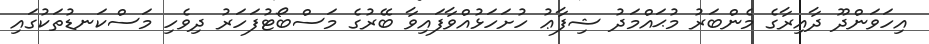
އިހަވަންދޫ ދާއިރާގެ މެންބަރު މުޙައްމަދު ޝިފާޢު ހުށަހަޅުއްވާފައިވާ ބޭރުގެ މަސްބޯޓުފަހަރު ދިވެހި މަސްކަނޑުތަކުގައި